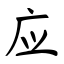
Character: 应